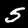
Label: 5